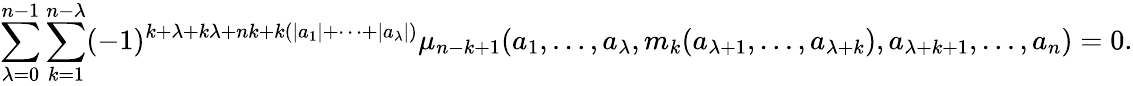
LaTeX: \sum_{\lambda=0}^{n-1}\sum_{k=1}^{n-\lambda}(-1)^{k+\lambda+k\lambda+nk+k(\vert a_{1}\vert+\dots+\vert a_{\lambda}\vert)}\mu_{n-k+1}(a_{1},\dots,a_{\lambda},m_{k}(a_{\lambda+1},\dots,a_{\lambda+k}),a_{\lambda+k+1},\dots,a_{n})=0.